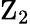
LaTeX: \mathrm{Z}_{2}